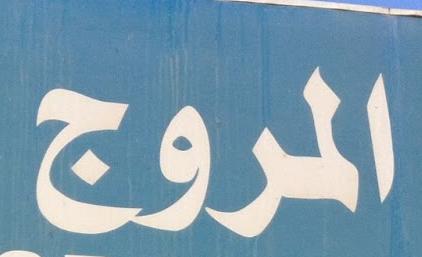
الروج